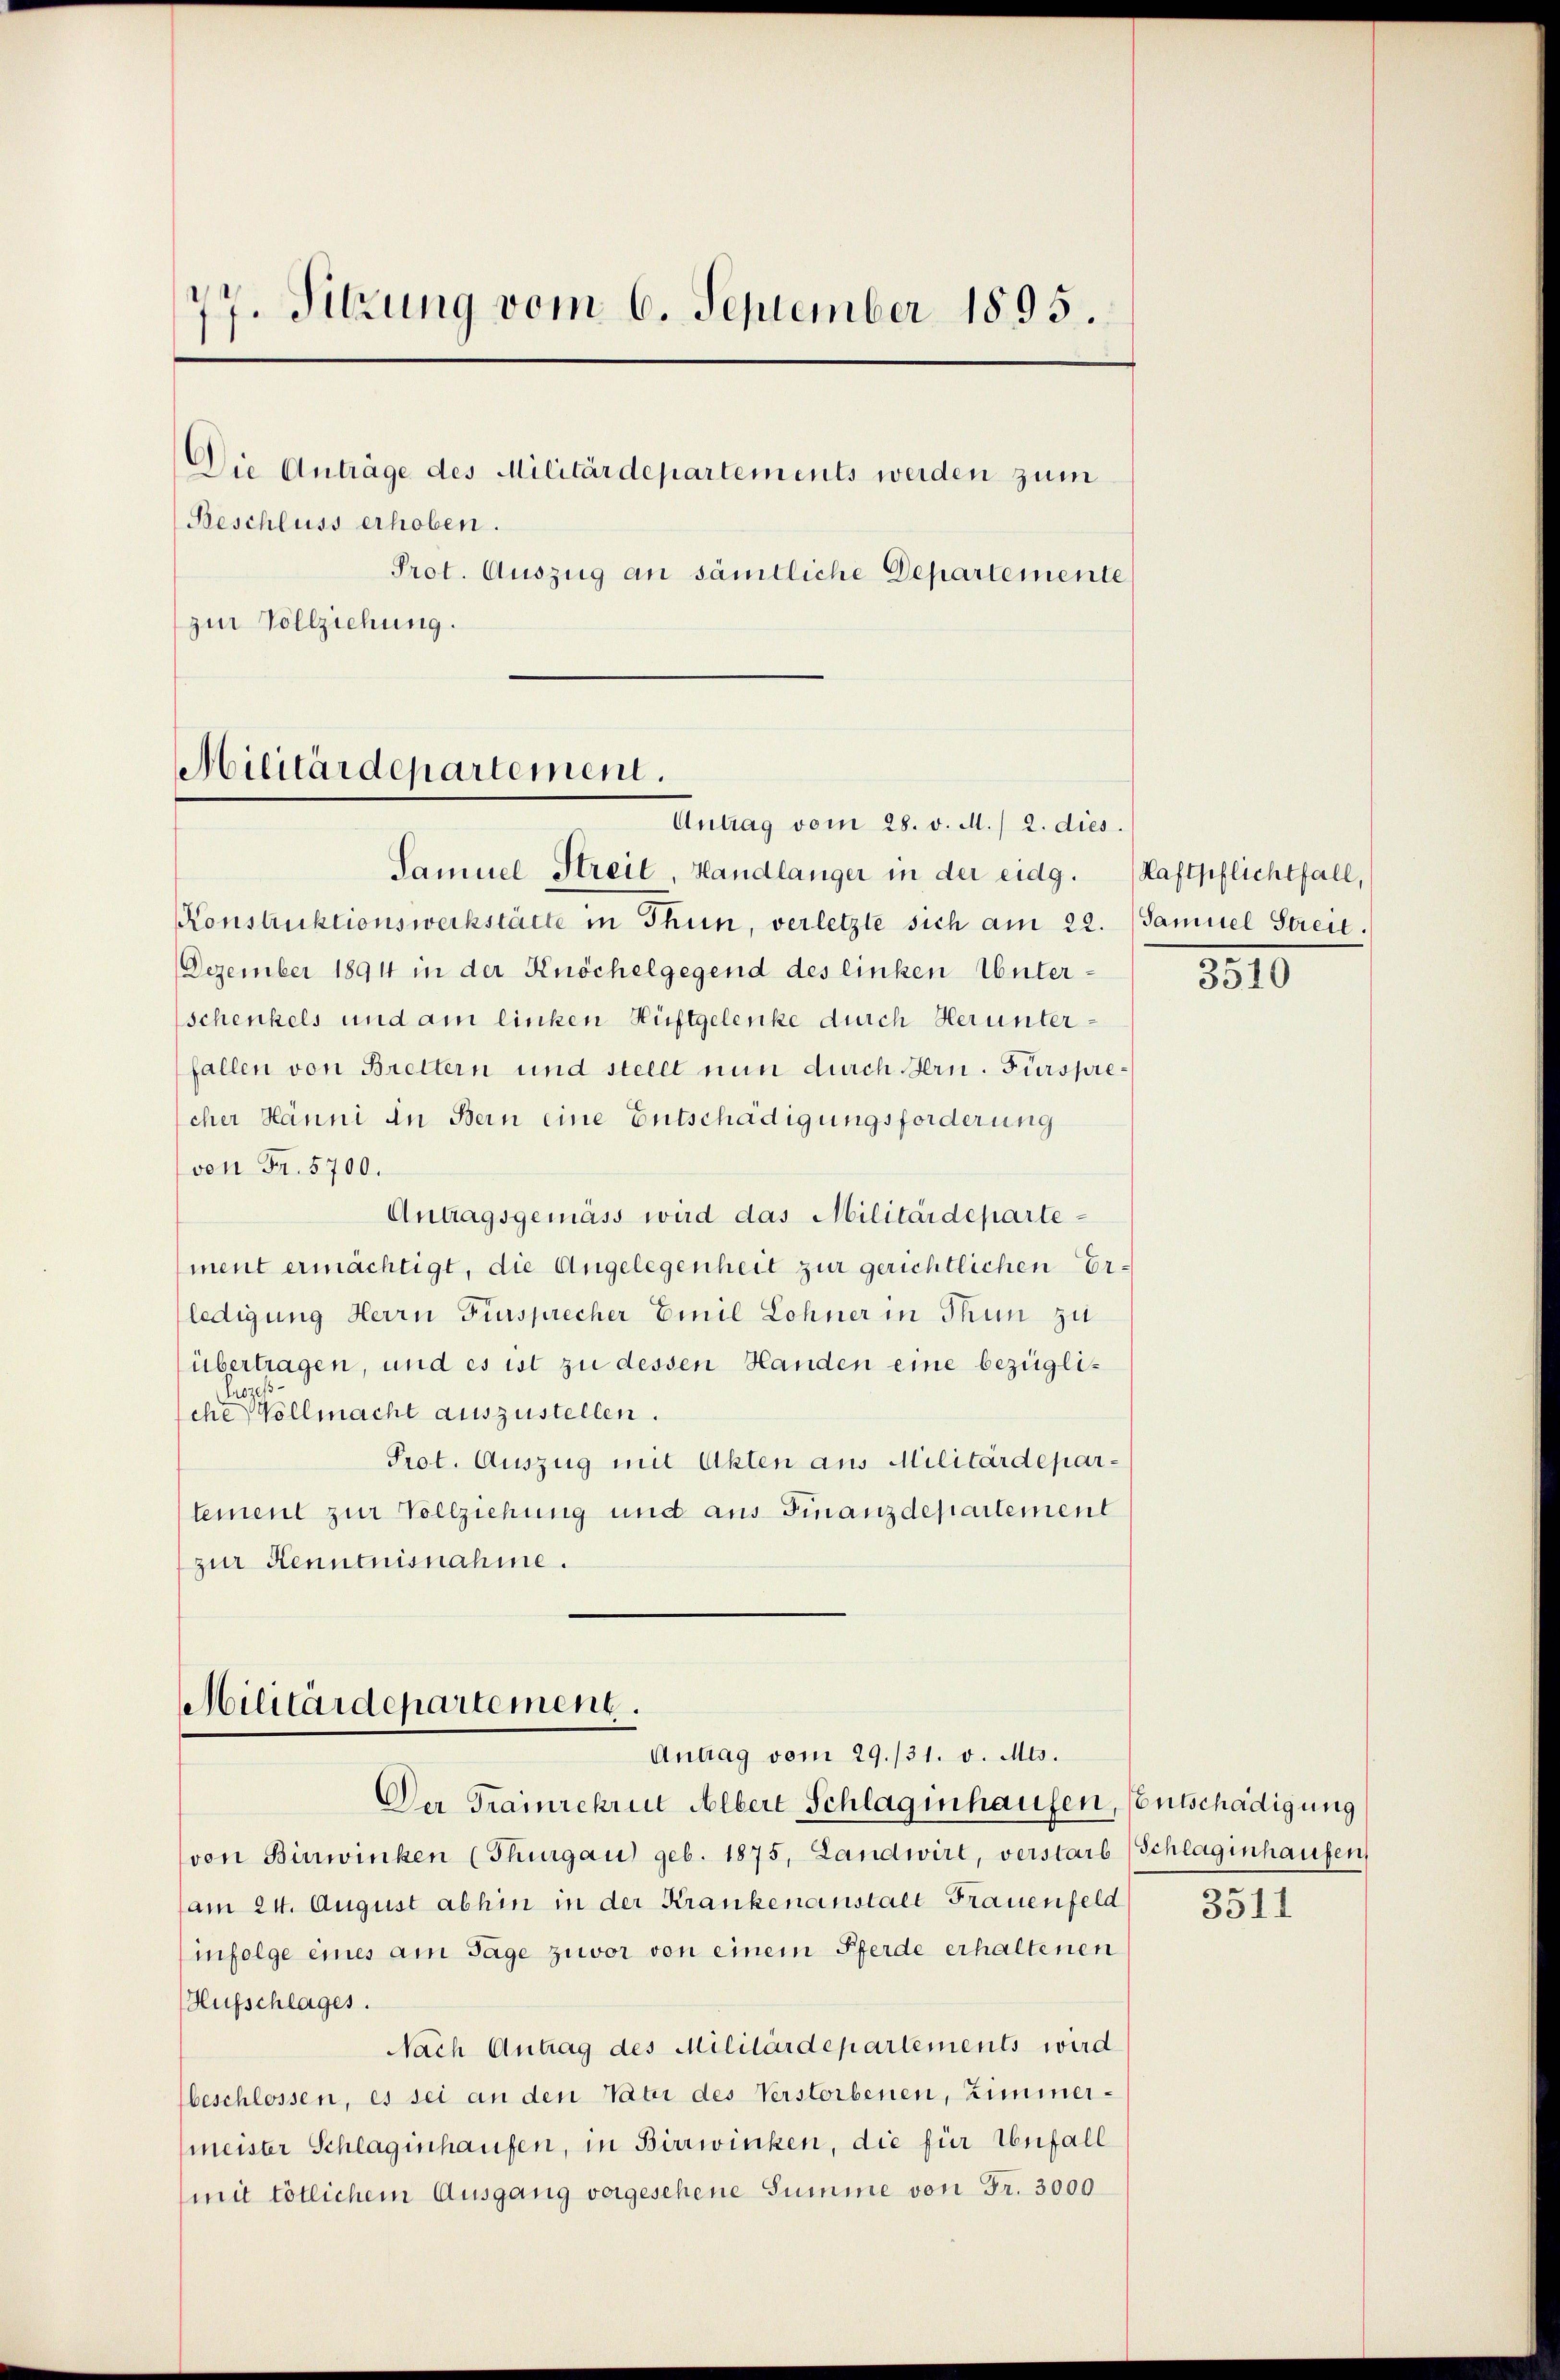
77. Sitzung vom 6. September 1895.
Die Anträge des Militärdepartements werden zum
Beschluss erhoben.
Prot. Auszug an sämtliche Departemente
zur Vollziehung.

Militärdepartement.

Antrag vom 28. v. M. / 2. dies
Samuel Streit, Handlanger in der eidg.
Konstruktionswerkstätte in Thun, verletzte sich am 22. (Samuel Streit.
Dezember 1894 in der Knöchelgegend des linken Unterschenkels und am linken Hüftgelenke durch Herunterfallen von Brettern und stellt nun durch dern. Fürsprecher Hänni in Bern eine Entschädigungsforderung
von Fr. 5700.
Antragsgemäss wird das Militärdepartement ermächtigt, die Angelegenheit zur gerichtlichen Erledigung Herrn Fürsprecher Emil Lohner in Thun zu
übertragen, und es ist zu dessen Handen eine bezüglirozess-
che Vollmacht auszustellen.
Prot. Auszug mit Akten aus Militärdepartement zur Vollziehung und aus Finanzdepartement
zur Kenntnisnahme.

Militärdepartement
Antrag vom 29./31. v. Mts.

Der Trainrekrut Albert Schlaginhausen, Entschädigung
von Birwinken (Thurgau geb. 1875, Landwirt, verstarb (Schläginhaufen,
am 24. August abhin in der Krankenanstalt Frauenfeld
infolge eines am Tage zuvor von einem Pferde erhaltenen
Aufschlages.
Nach Antrag des Militärdepartements wird
beschlossen, es sei an den Vater des Verstorbenen, Zimmermeister Schlaginhaufen, in Birrwinken, die für Unfall
(mit tötlichem Ausgang vorgesehene Summe von Fr. 3000

Haftpflichtfall,

3510

3511